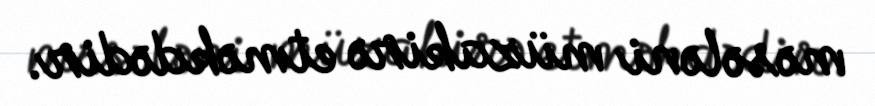
məsələni müzakirə etməkdədir.